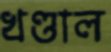
খণ্ডাল